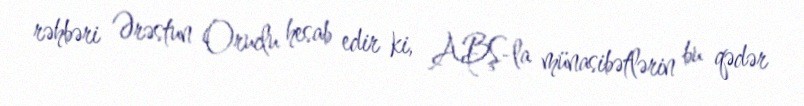
rəhbəri Ərəstun Oruclu hesab edir ki, ABŞ-la münasibətlərin bu qədər